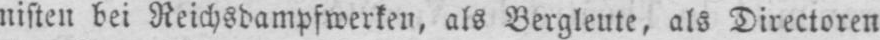
nisten bei Reichsdampfwerken, als Bergleute, als Directoren